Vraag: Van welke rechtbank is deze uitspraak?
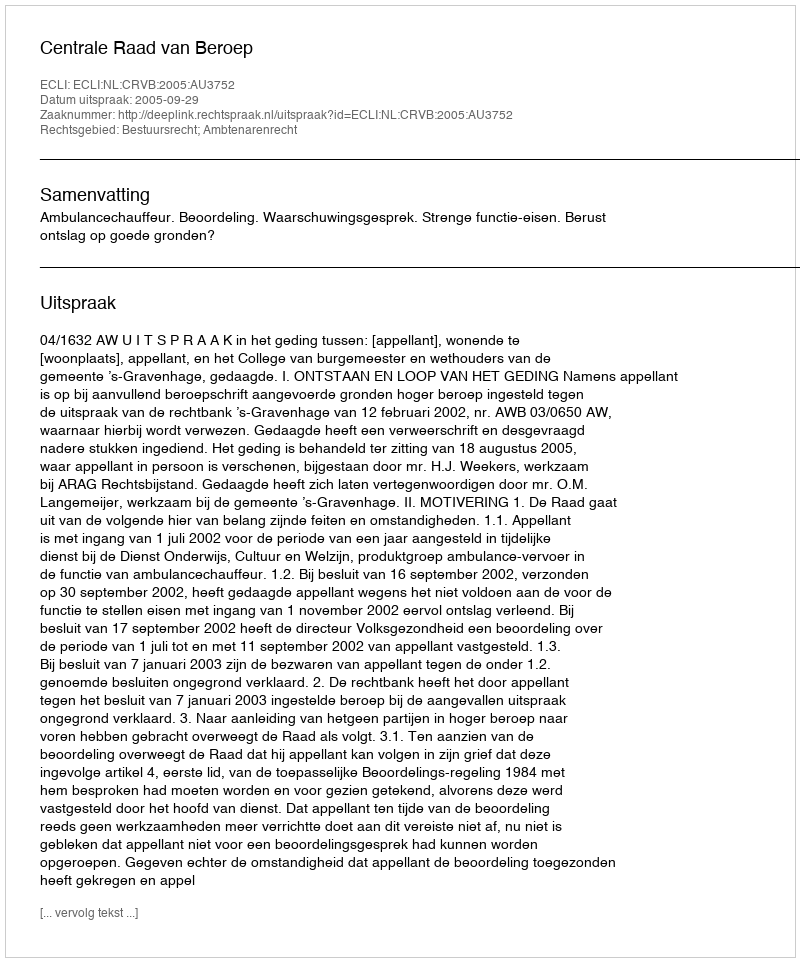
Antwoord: Centrale Raad van Beroep